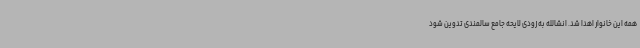
همه این خانوار اهدا شد. انشالله به زودی لایحه جامع سالمندی تدوین شود